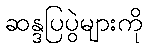
ဆန္ဒပြပွဲများကို